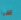
اقرأ